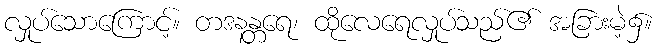
လှုပ်သောကြောင့်။ တဒနန္တရေ၊ ထိုလေရေလှုပ်သည်၏ အခြားမဲ့၌။